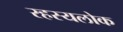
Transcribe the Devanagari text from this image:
रहस्यलोक